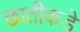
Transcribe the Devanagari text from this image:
छातीकडे